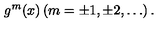
g ^ { m } ( x ) \left( m = \pm 1 , \pm 2 , \ldots \right) .